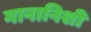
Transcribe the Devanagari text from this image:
मानानिशी